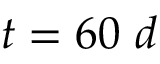
t = 6 0 \ d